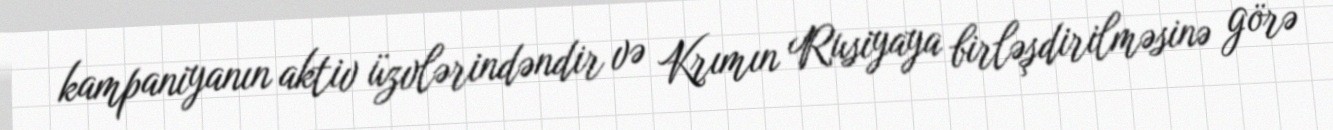
kampaniyanın aktiv üzvlərindəndir və Krımın Rusiyaya birləşdirilməsinə görə